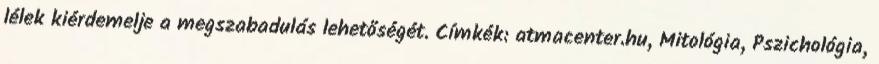
lélek kiérdemelje a megszabadulás lehetőségét. Címkék: atmacenter.hu, Mitológia, Pszichológia,